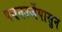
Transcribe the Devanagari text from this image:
पवनउर्जेपासुन